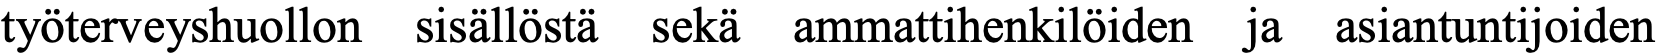
työterveyshuollon sisällöstä sekä ammattihenkilöiden ja asiantuntijoiden